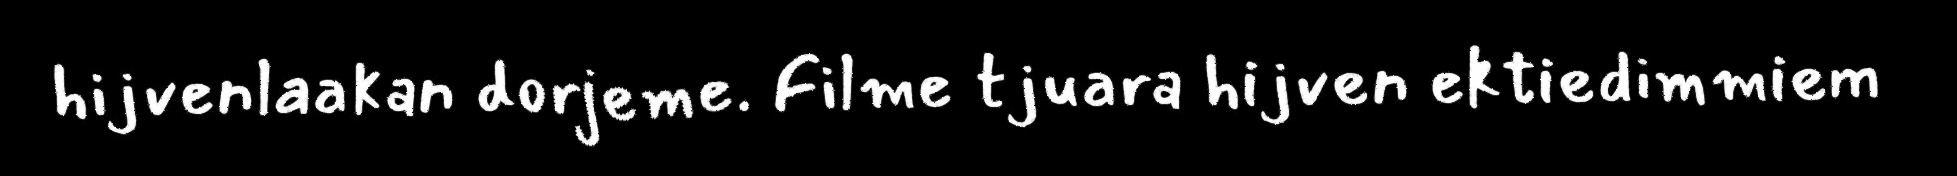
hijvenlaakan dorjeme. Filme tjuara hijven ektiedimmiem